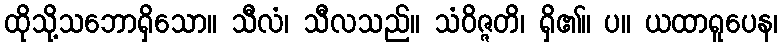
ထိုသို့သဘောရှိသော။ သီလံ၊ သီလသည်။ သံဝိဇ္ဇတိ၊ ရှိ၏။ ပ။ ယထာရူပေန၊